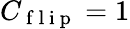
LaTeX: C_{\mathrm{~f~l~i~p~}}=1